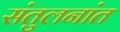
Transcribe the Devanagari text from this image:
संतुलनांत